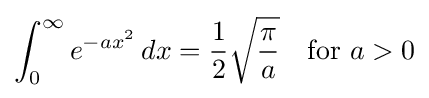
\int _{0}^{\infty }e^{-ax^{2}}\,dx={\frac {1}{2}}{\sqrt {\frac {\pi }{a}}}\quad {\text{for }}a>0